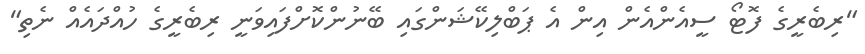
"ރިބެރީގެ ފޮޓޯ ސީއެންއެން އިން އެ ޕަބްލިކޭޝަންގައި ބޭނުންކޮށްފައިވަނީ ރިބެރީގެ ހުއްދައެއް ނެތި"